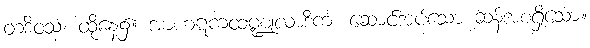
တဒိဝသံ၊ ထိုနေ့၌။ အာဟဋကထဏ္ဍုလာဒိကံ၊ ဆောင်အပ်သော ဆန်အစရှိသော။